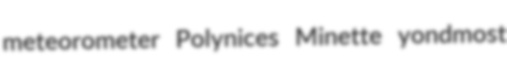
meteorometer Polynices Minette yondmost